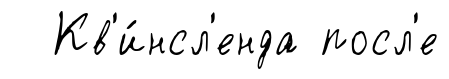
Кв'и́нсл'енда посл'е